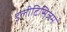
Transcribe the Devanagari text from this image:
इलीटिसिज़म